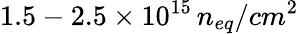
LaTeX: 1.5-2.5\times 10^{15}\, n_{eq}/cm^{2}